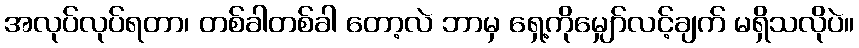
အလုပ်လုပ်ရတာ၊ တစ်ခါတစ်ခါ တော့လဲ ဘာမှ ရှေ့ကိုမျှော်လင့်ချက် မရှိသလိုပဲ။